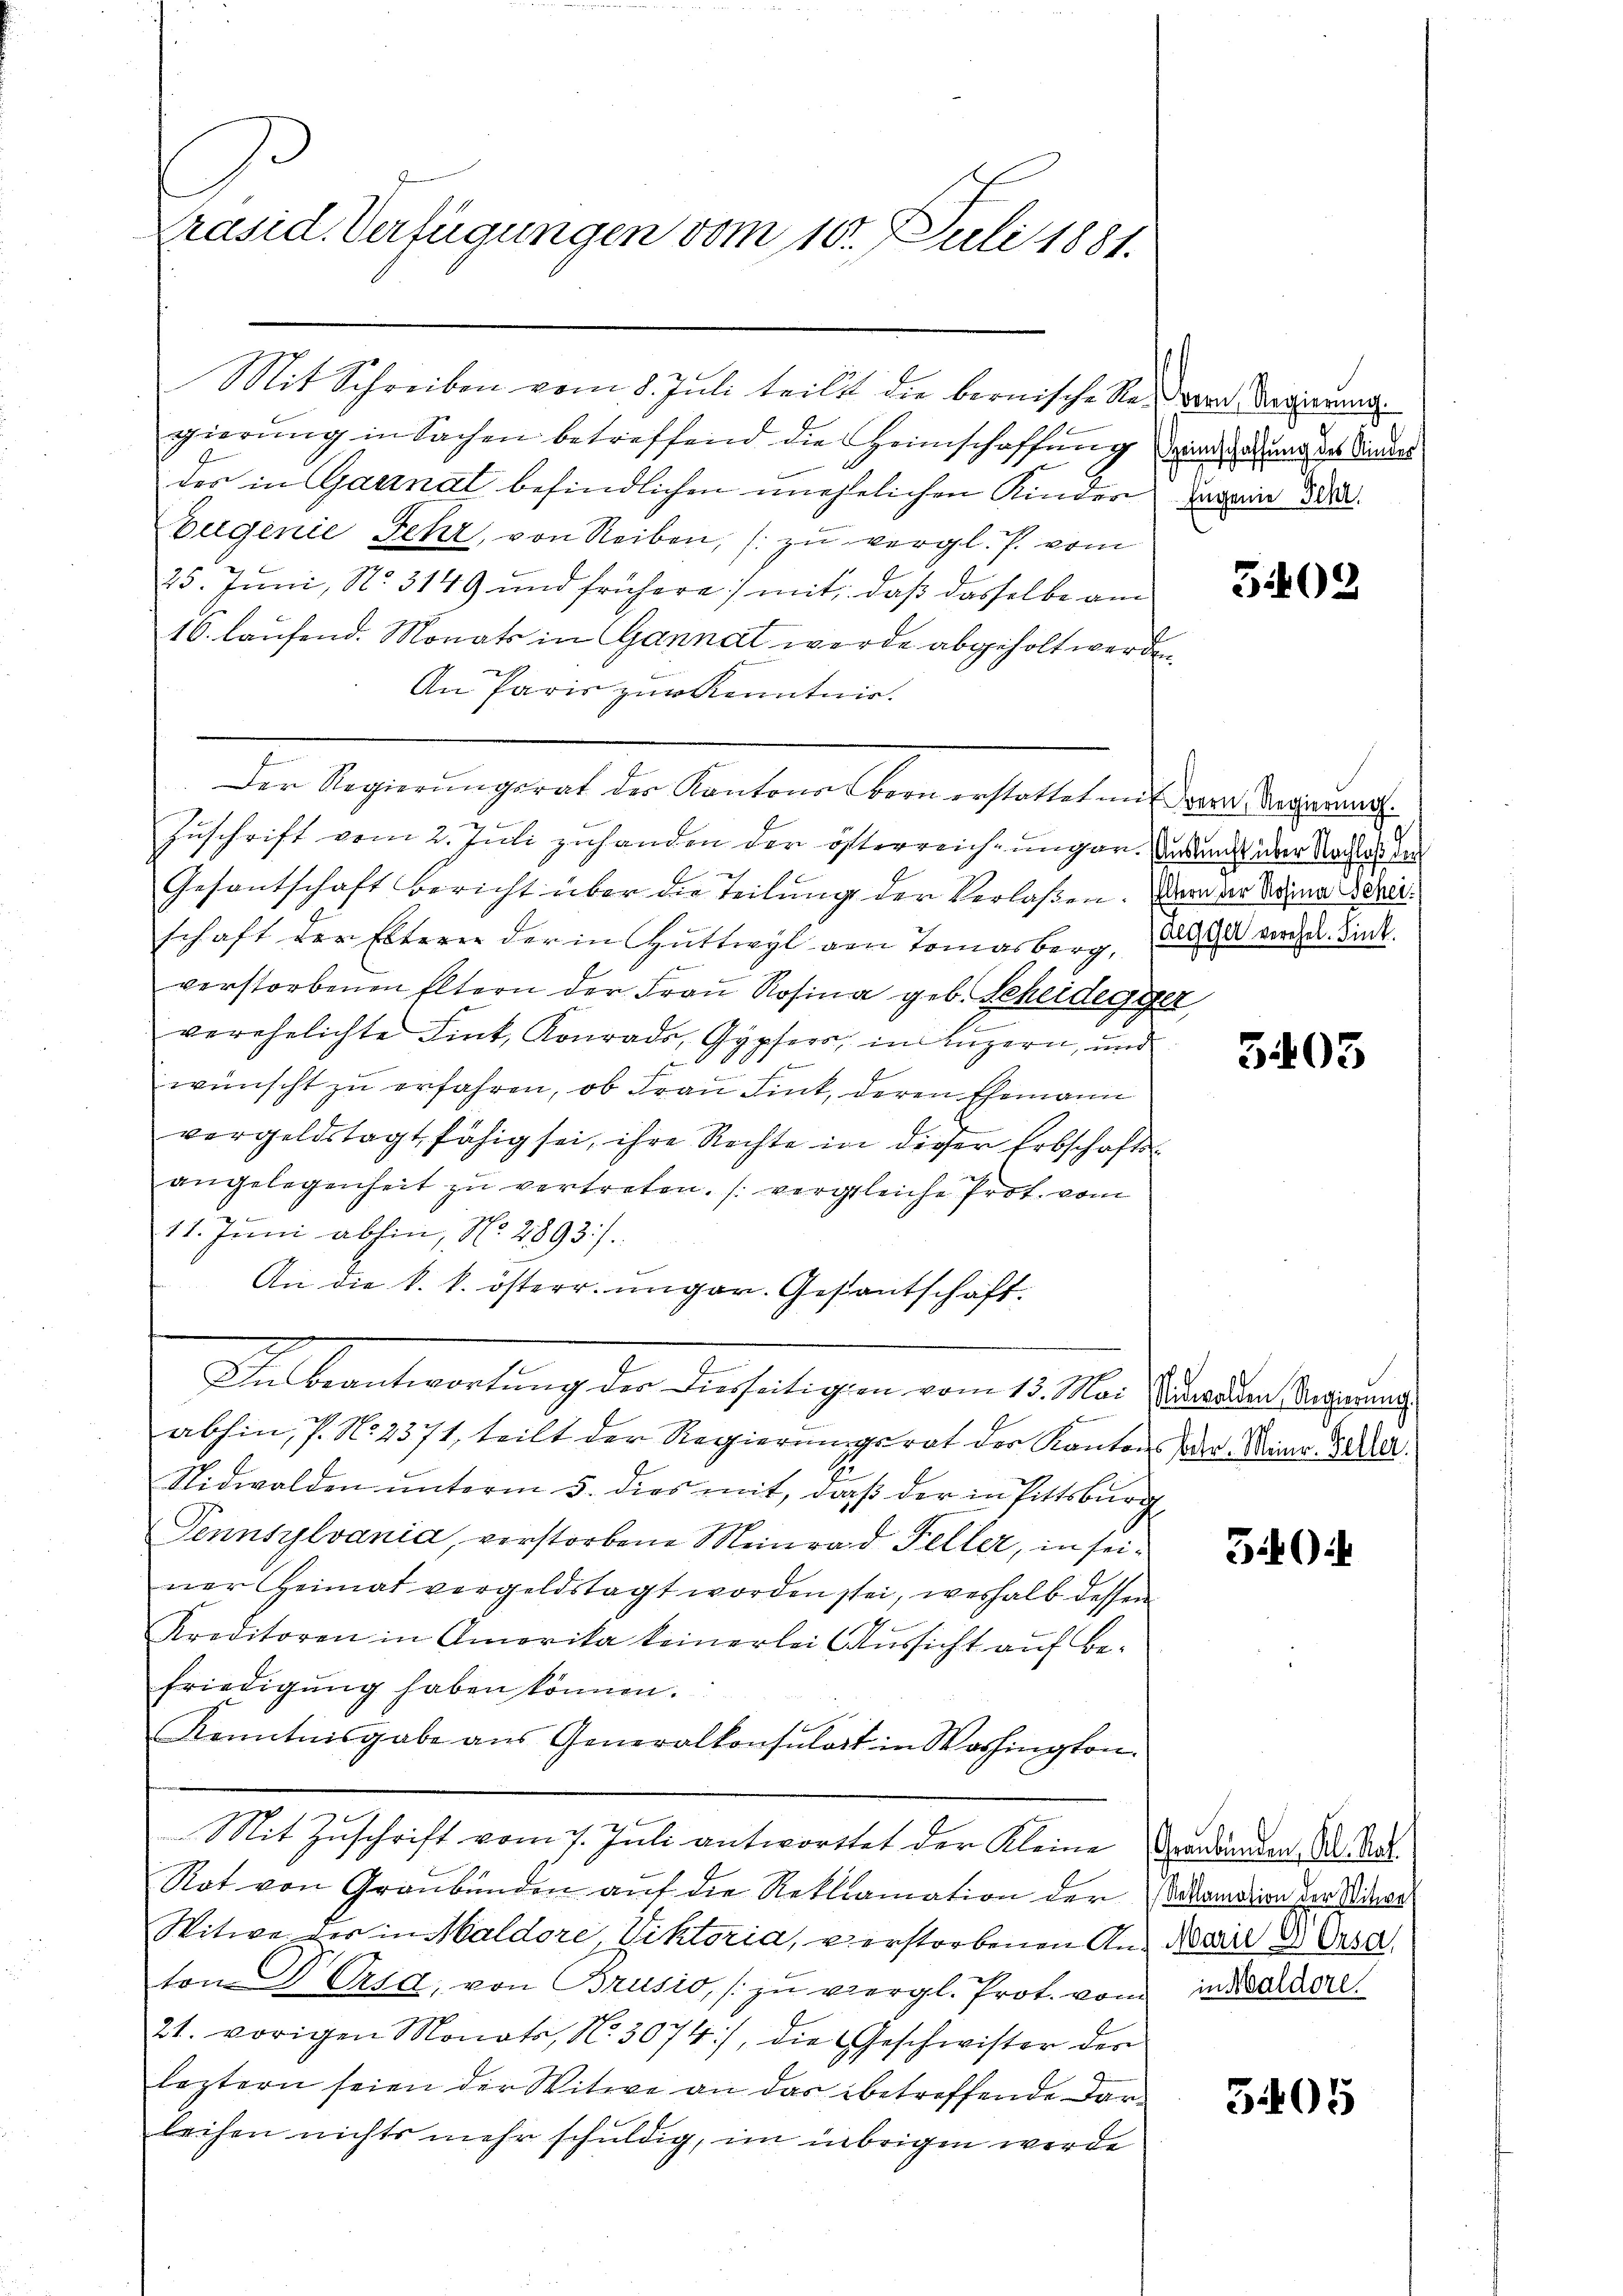
Präsid. Verfügungen vom 10. Juli 1881.

Mit Schreiben vom 8. Juli teilt die bernische Regen Regierung
gierung in Sachen betreffend die Heimschaffung angehung des Sinders
des in Garnal befindlichen unehelichen Kinder
Eugenie Fehr, von Reiben, zu vergl. P. vom
25. Juni, No. 3149 und frühere mit, daß dasselbe am
16. laufend. Monats in Gannat werde abgeholt werden
An Paris zur Kenntnis.
Der Regierungsrat der Kantons Bern erstattet mit vom Regierung.
Zuschrift vom 2. Juli zuhanden der österreichungen. Im über Nachtes die
Gesantschaft bericht über die Teilung der Verlaßen. Denn der Nahme dere
schaft der Elterer der in Huttwyl von Tomasberg, das vor u. Binde
verstorbenen Eltern der Frau Rosina geb. Scheidegger
verehelichte Fink, Konrade, Gypfer, in Luzern, und
F
wünscht zu erfahren, ob Frau Lint, deren Ehemann
vergeldstagt fähig sei, ihre Rechte in dieser Erbschafts-
angelegenheit zu vertreten. (vergleiche Prot. vom
11. Juni abhin, No. 2893).
An die k. k. österr. ungar. Gestantschaft.
Ualbeantwortung der Dieseligen vom 15. Mai Petenden erganis
abhin, s. No. 2371, teilt der Regierungsrat der Kantons der Mina Zedel
Nidwalden unterm 5. dies mit, daß der in Pittsburg,
Pennsylvania, verstorbene Meinrad Feller, in seiner Heimat vergeldstagt worden sei, weshalb dessen
Kreditoren in Amerika keinerlei Aussicht auf Be-
friedigŭng haben können.
Kenntnisgabe ans Generalkonsulat in Washington.
Mit Zuschrift vom 7. Juli antworttet der Kleine Verdünnen. So sa
Not von Graubünden auf die Reklamation der dandion der Niere
Witwe der in Maldore, Viktoria, u erstorbenen Aus Marie des Ursa
ton Verta, von Brusio, zu vergl. Prot. von in Sardere
21. vorigen Monats, No. 3074), die Geschwister des
leztern seien der Witwe an das betreffende Darleihen nichts mehr schuldig, im übrigen werde

Engenie Jcht.

3402

5405

5404

5405